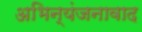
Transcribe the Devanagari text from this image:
अभिन्यंजनावाद